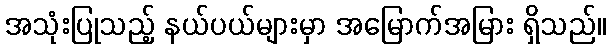
အသုံးပြုသည့် နယ်ပယ်များမှာ အမြောက်အမြား ရှိသည်။